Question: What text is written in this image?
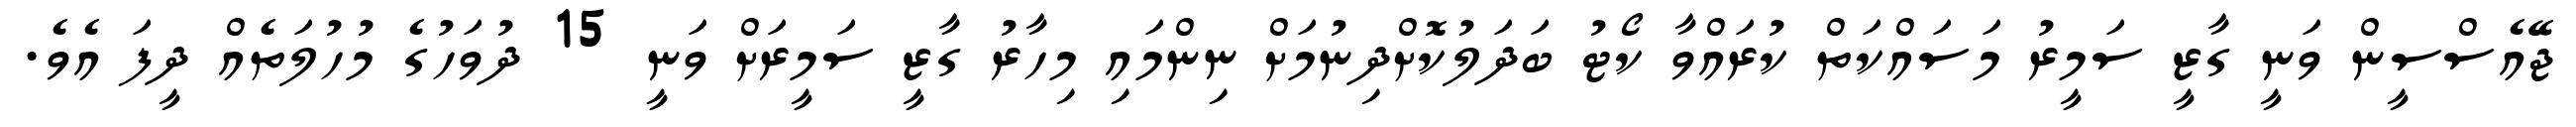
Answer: ޖޭއެސްސީން ވަނީ ގާޒީ ސަމީރު މަސައްކަތް ކުރައްވާ ކޯޓު ބަދަލުކޮށްދިނުމަށް ނިންމައި މިހާރު ގާޒީ ސަމީރަށް ވަނީ 15 ދުވަހުގެ މުހުލަތެއް ދީފަ އެވެ.